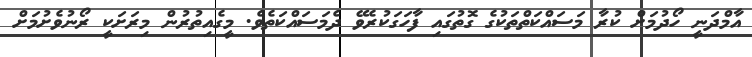
އާމްދަނީ ހޯދުމަށް ކުރާ މަސައްކަތްތަކުގެ ގޮތުގައި ފާހަގަކުރެވޭ ދެމަސައްކަތެވެ. މީގެއިތުރުން މިރަށަކީ ރޯނުވެށުމަށް